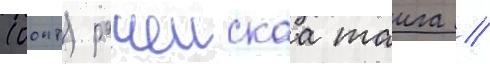
(оопт) рачеискаа таига /